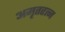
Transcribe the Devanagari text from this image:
अमृतरत्न